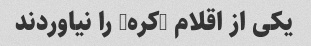
یکی از اقلام (کره) را نیاوردند